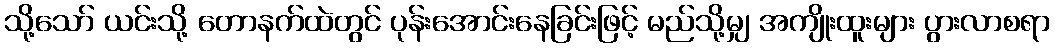
သို့သော် ယင်းသို့ တောနက်ထဲတွင် ပုန်းအောင်းနေခြင်းဖြင့် မည်သို့မျှ အကျိုးထူးများ ပွားလာစရာ